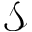
\mathcal { S }